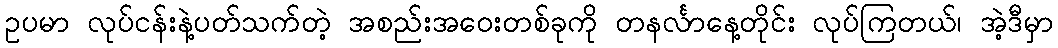
ဥပမာ လုပ်ငန်းနဲ့ပတ်သက်တဲ့ အစည်းအဝေးတစ်ခုကို တနင်္လာနေ့တိုင်း လုပ်ကြတယ်၊ အဲ့ဒီမှာ